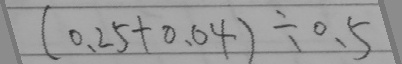
( 0 . 2 5 + 0 . 0 4 ) \div 0 . 5